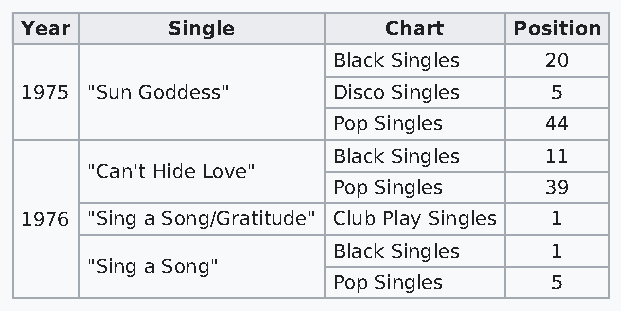
Year      Single        Chart    Position
 Black Singles 20
 1975 "Sun Goddess"   Disco Singles 5
 Pop Singles   44
 Black Singles 11
 "Can't Hide Love"
 Pop Singles   39
 1976 "Sing a Song/Gratitude" Club Play Singles 1
 Black Singles 1
 "Sing a Song"
 Pop Singles   5